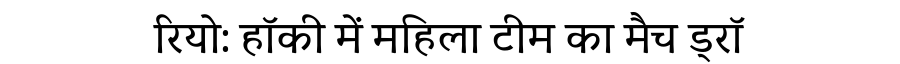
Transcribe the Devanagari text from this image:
रियो: हॉकी में महिला टीम का मैच ड्रॉ